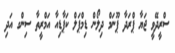
ސްރީދޭވީ ޖަޔާ ޕްރަދާ ޕޫނަމް ދިލޯން ޑިމްޕަލް ކަޕާޑިއާ އަމްރީތާ ސިންގ އަދި